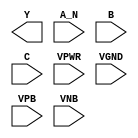
module sky130_fd_sc_hd__nand3b (
    Y   ,
    A_N ,
    B   ,
    C   ,
    VPWR,
    VGND,
    VPB ,
    VNB
);

    output Y   ;
    input  A_N ;
    input  B   ;
    input  C   ;
    input  VPWR;
    input  VGND;
    input  VPB ;
    input  VNB ;
endmodule